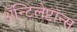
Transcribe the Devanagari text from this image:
ॲन्टिलेप्टॉन्स